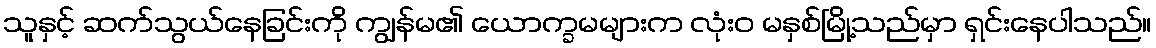
သူနှင့် ဆက်သွယ်နေခြင်းကို ကျွန်မ၏ ယောက္ခမများက လုံးဝ မနှစ်မြို့သည်မှာ ရှင်းနေပါသည်။